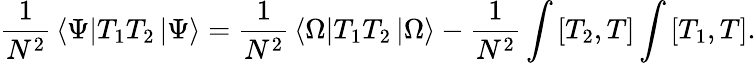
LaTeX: {\frac{1}{N^{2}}}\left<\Psi\right|{T_{1}}{T_{2}}\left|\Psi\right>={\frac{1}{N^{2}}}\left<\Omega\right|{T_{1}}{T_{2}}\left|\Omega\right>-{\frac{1}{N^{2}}}\int{\left[T_{2},T\right]}\int{\left[T_{1},T\right]}.